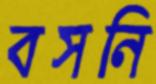
বসনি